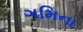
ગમિના